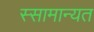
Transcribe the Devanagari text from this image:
स्सामान्यत